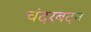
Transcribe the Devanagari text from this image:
चंदरबदन